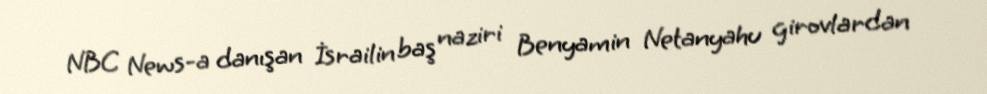
NBC News-a danışan İsrailin baş naziri Benyamin Netanyahu girovlardan